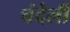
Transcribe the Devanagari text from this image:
चंदेली